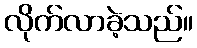
လိုက်လာခဲ့သည်။